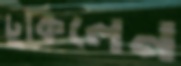
ঢুকিলেন